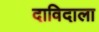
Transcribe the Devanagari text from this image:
दाविदाला